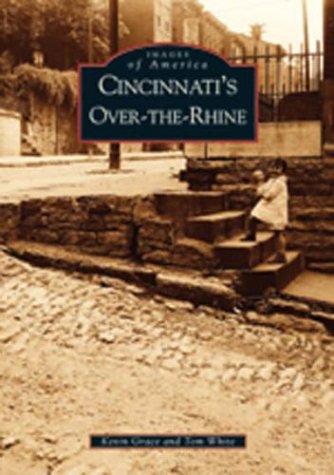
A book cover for Cincinnati's Over-The-Rhine   (OH)  (Images of America); Kevin Grace; Travel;